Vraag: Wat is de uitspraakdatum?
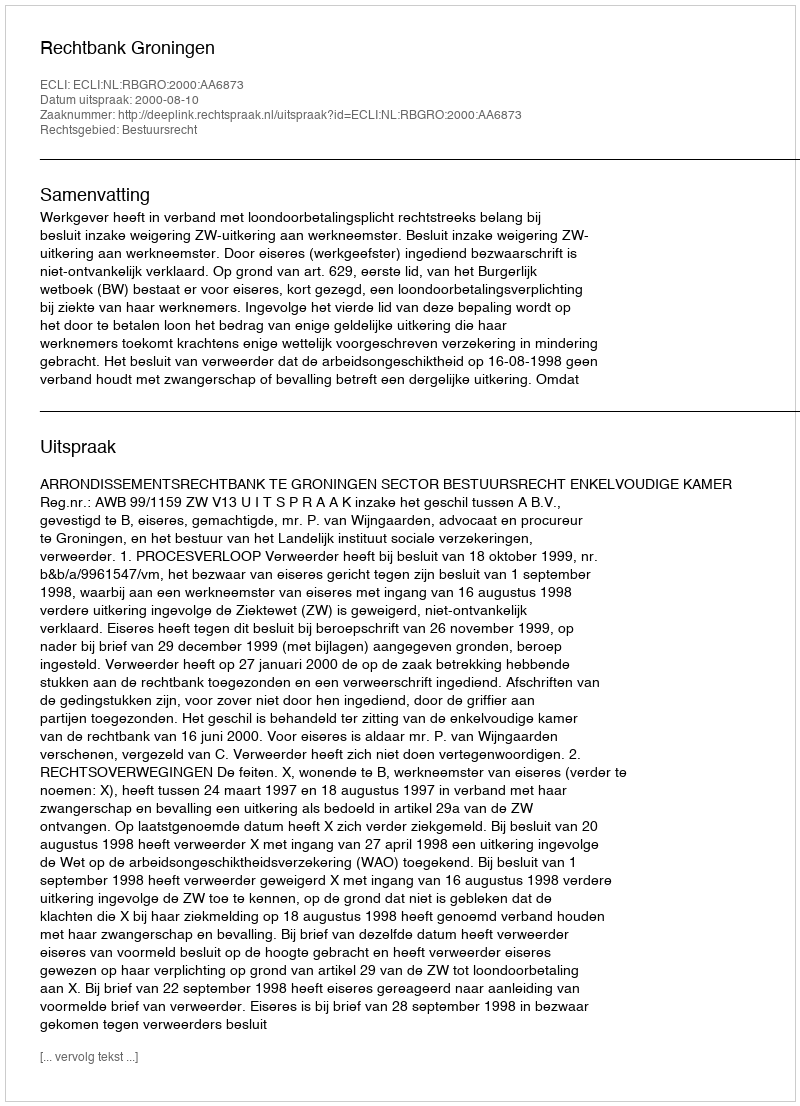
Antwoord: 2000-08-10